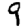
Digit: 9